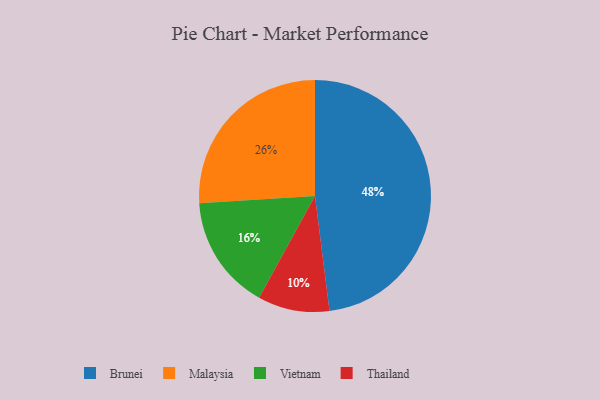
{"axis": {"x": "Category", "y": "Percentage"}, "legend": ["Brunei", "Malaysia", "Thailand", "Vietnam"], "data": [{"x": "Malaysia", "y": 26, "type": "Malaysia"}, {"x": "Thailand", "y": 10, "type": "Thailand"}, {"x": "Vietnam", "y": 16, "type": "Vietnam"}, {"x": "Brunei", "y": 48, "type": "Brunei"}]}